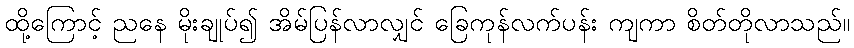
ထို့ကြောင့် ညနေ မိုးချုပ်၍ အိမ်ပြန်လာလျှင် ခြေကုန်လက်ပန်း ကျကာ စိတ်တိုလာသည်။